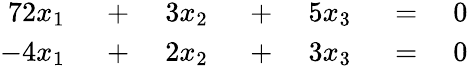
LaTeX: \begin{array}{rlrlrlr}{{7}2x_{1}}&{{}\; +\; }&{3x_{2}}&{{}\; +\; }&{5x_{3}}&{{}\; =\; }&{0}\\ {-4x_{1}}&{{}\; +\; }&{2x_{2}}&{{}\; +\; }&{3x_{3}}&{{}\; =\; }&{0}\end{array}